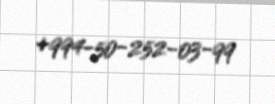
+994-50-252-03-99